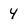
Character: 4